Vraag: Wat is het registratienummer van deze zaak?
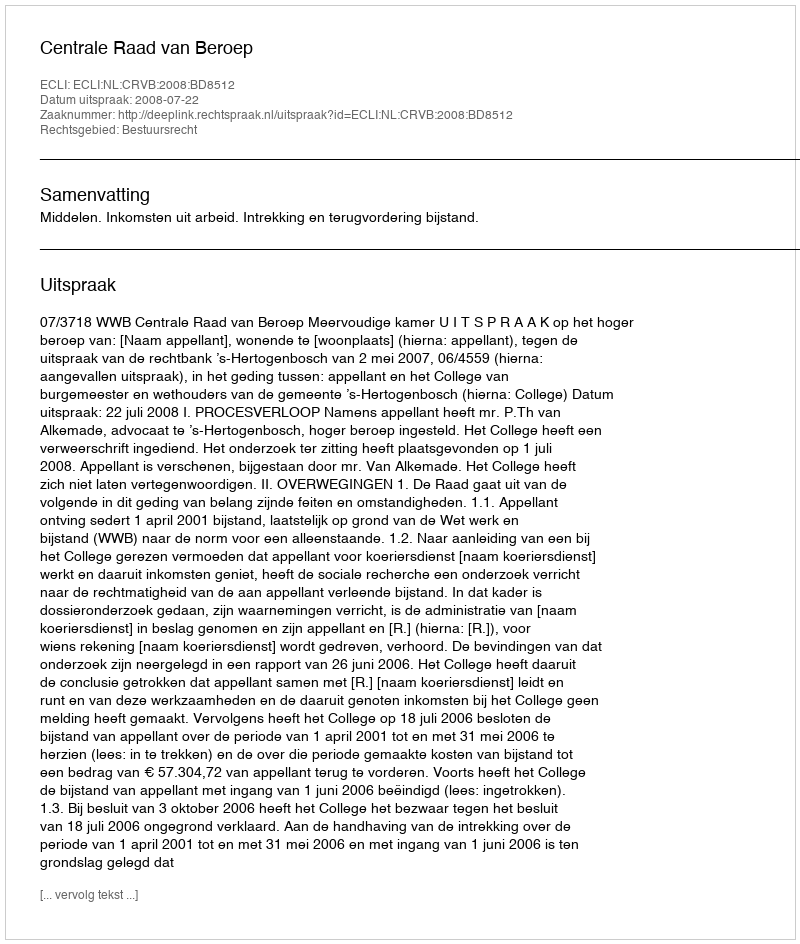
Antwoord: http://deeplink.rechtspraak.nl/uitspraak?id=ECLI:NL:CRVB:2008:BD8512